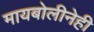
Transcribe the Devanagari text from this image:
मायबोलीनेही